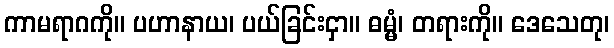
ကာမရာဂကို။ ပဟာနာယ၊ ပယ်ခြင်းငှာ။ ဓမ္မံ၊ တရားကို။ ဒေသေတု၊